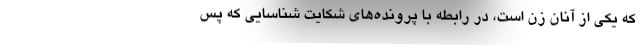
که یکی از آنان زن است، در رابطه با پرونده‌های شکایت شناسایی که پس